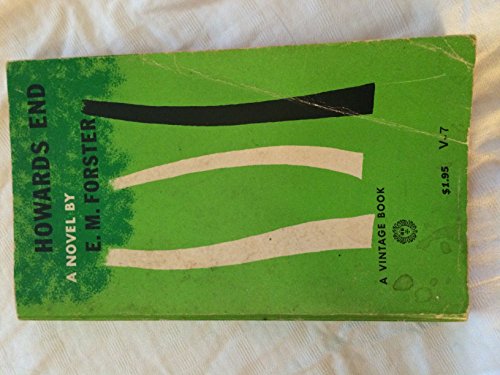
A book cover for HOWARDS END (V 7); E. M. FORSTER; Crafts, Hobbies & Home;